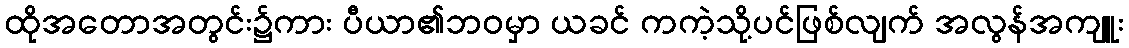
ထိုအတောအတွင်း၌ကား ပီယာ၏ဘဝမှာ ယခင် ကကဲ့သို့ပင်ဖြစ်လျက် အလွန်အကျူး